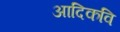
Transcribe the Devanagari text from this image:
अादिकवि